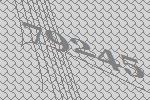
79245